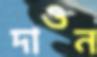
দাওন